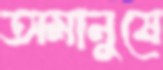
অমানুষে